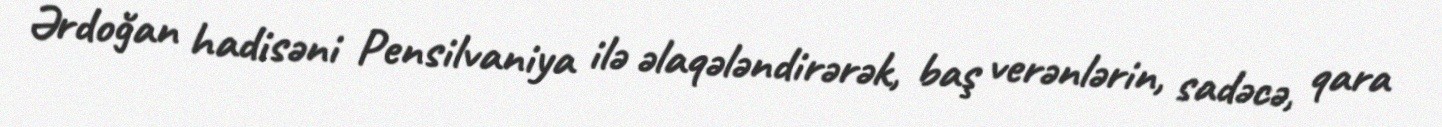
Ərdoğan hadisəni Pensilvaniya ilə əlaqələndirərək, baş verənlərin, sadəcə, qara